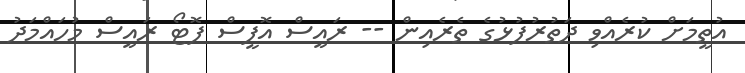
އުތީމަށް ކުރެއްވި ދަތުރުފުޅުގެ ތެރެއިން -- ރައީސް އޮފީސް ފޮޓޯ ރައީސް މުހައްމަދު